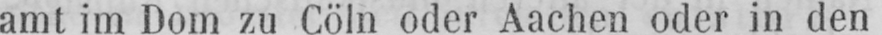
amt im Dom zu Cöln oder Aachen oder in den